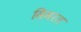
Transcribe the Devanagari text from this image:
सिमरत